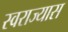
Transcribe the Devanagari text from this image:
स्वराज्यास